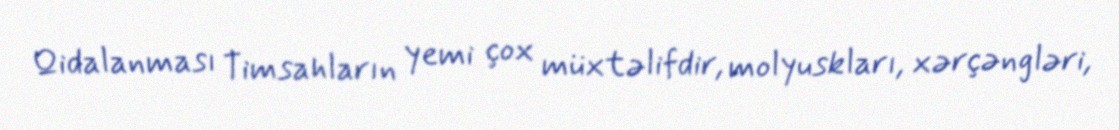
Qidalanması Timsahların yemi çox müxtəlifdir, molyuskları, xərçəngləri,